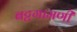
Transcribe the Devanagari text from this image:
बट्टगामणी